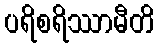
ပရိစရိဿာမီတိ